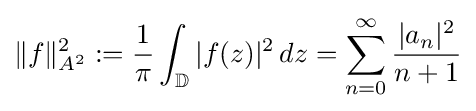
\|f\|_{A^{2}}^{2}:={\frac {1}{\pi }}\int _{\mathbb {D} }|f(z)|^{2}\,dz=\sum _{n=0}^{\infty }{\frac {|a_{n}|^{2}}{n+1}}